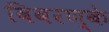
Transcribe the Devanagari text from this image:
विवरण्के